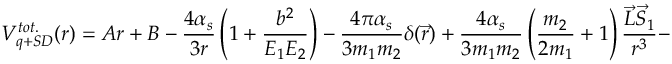
V _ { q + S D } ^ { t o t . } ( r ) = A r + B - \frac { 4 \alpha _ { s } } { 3 r } \left( 1 + \frac { b ^ { 2 } } { E _ { 1 } E _ { 2 } } \right) - \frac { 4 \pi \alpha _ { s } } { 3 m _ { 1 } m _ { 2 } } \delta ( \vec { r } ) + \frac { 4 \alpha _ { s } } { 3 m _ { 1 } m _ { 2 } } \left( \frac { m _ { 2 } } { 2 m _ { 1 } } + 1 \right) \frac { \vec { L } \vec { S } _ { 1 } } { r ^ { 3 } } -